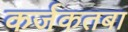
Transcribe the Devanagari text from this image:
कर्जकतबा